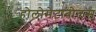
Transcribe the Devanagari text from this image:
होलोमेटाबोलस